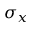
\sigma _ { x }